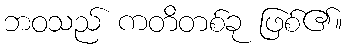
ဘဝသည် ကတိတစ်ခု ဖြစ်၏။